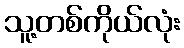
သူ့တစ်ကိုယ်လုံး